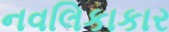
નવલિકાકાર